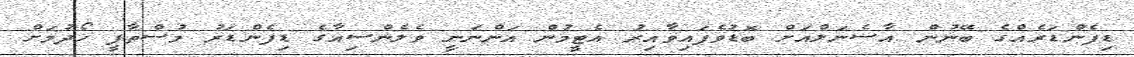
ޑިފެންޑަރެއްގެ ބޭނުން އާސެނަލްއަށް ބޮޑުވެފައިވާއިރު އެޓީމުން އަންނަނީ ވެލެންސިއާގެ ޑިފެންޑަރު މުސްތާފީ ހޯދުމަށް